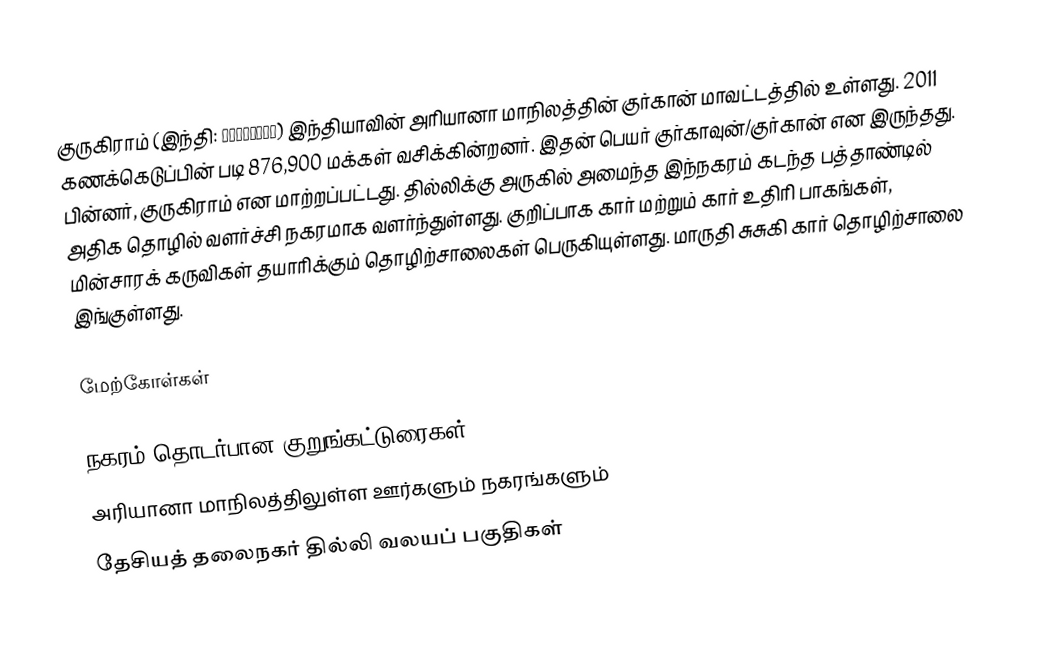
குருகிராம் (இந்தி: गुड़गांव) இந்தியாவின் அரியானா மாநிலத்தின் குர்கான் மாவட்டத்தில் உள்ளது.  2011 கணக்கெடுப்பின் படி 876,900 மக்கள் வசிக்கின்றனர். இதன் பெயர் குர்காவுன்/குர்கான் என இருந்தது. பின்னர், குருகிராம் என மாற்றப்பட்டது. தில்லிக்கு அருகில் அமைந்த இந்நகரம் கடந்த பத்தாண்டில் அதிக தொழில் வளர்ச்சி நகரமாக வளர்ந்துள்ளது. குறிப்பாக கார் மற்றும் கார் உதிரி பாகங்கள், மின்சாரக் கருவிகள் தயாரிக்கும் தொழிற்சாலைகள் பெருகியுள்ளது. மாருதி சுசுகி கார் தொழிற்சாலை இங்குள்ளது.

மேற்கோள்கள்

நகரம் தொடர்பான குறுங்கட்டுரைகள்
அரியானா மாநிலத்திலுள்ள ஊர்களும் நகரங்களும்
தேசியத் தலைநகர் தில்லி வலயப் பகுதிகள்